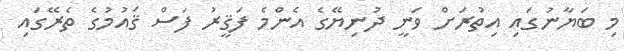
މި ބަޔާނުގައި އިތުރަށް ވަނީ ދުނިޔޭގެ އެންމެ ފަޤީރު ފަސް ޤައުމުގެ ތެރޭގައި